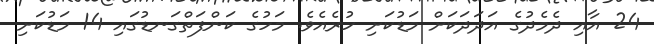
24 އާއި ދެމެދުގެ އަދަދަކަށް މަޑުކަށި ހުރެއެވެ. މަހުގެ ކަންފަތްގަނޑުގައި 14 މަޑުކަށި